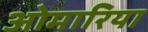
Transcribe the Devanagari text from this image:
ओमारिया